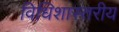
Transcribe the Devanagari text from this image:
विधिशास्तरीय